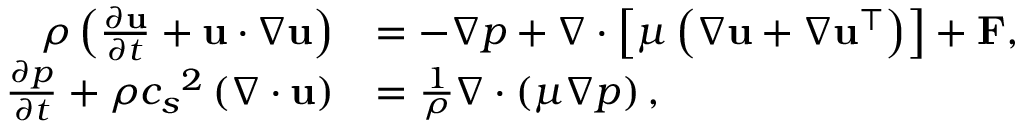
\begin{array} { r l } { \rho \left( \frac { \partial \mathbf { u } } { \partial t } + \mathbf { u } \cdot \nabla \mathbf { u } \right) } & { = - \nabla p + \nabla \cdot \left[ \mu \left( \nabla \mathbf { u } + \nabla \mathbf { u } ^ { \intercal } \right) \right] + \mathbf { F } , } \\ { \frac { \partial p } { \partial t } + \rho { c _ { s } } ^ { 2 } \left( \nabla \cdot \mathbf { u } \right) } & { = \frac { 1 } { \rho } \nabla \cdot \left( \mu \nabla p \right) , } \end{array}